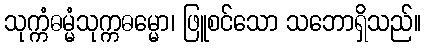
သုက္ကံဓမ္မံသုက္ကဓမ္မော၊ ဖြူစင်သော သဘောရှိသည်။